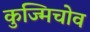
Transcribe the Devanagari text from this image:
कुज्मिचोव